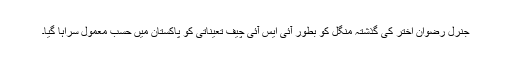
جنرل رضوان اختر کی گذشتہ منگل کو بطور آئی ایس آئی چیف تعیناتی کو پاکستان میں حسبِ معمول سراہا گیا۔